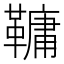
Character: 𩌨